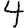
Digit: 4